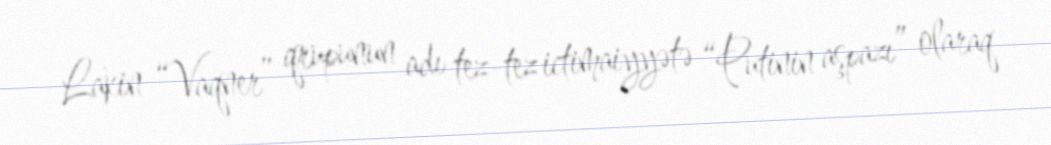
Lakin “Vaqner” qrupunun adı tez-tez ictimaiyyətə “Putinin aşpazı” olaraq